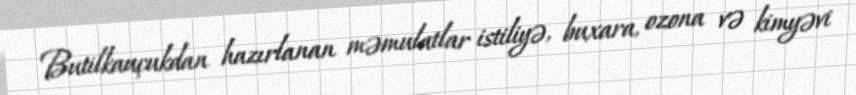
Butilkauçukdan hazırlanan məmulatlar istiliyə, buxara, ozona və kimyəvi